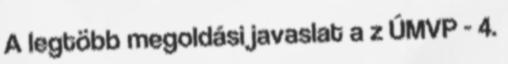
A legtöbb megoldási javaslat a z ÚMVP - 4.